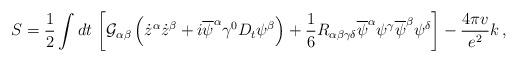
LaTeX: \begin{align*}S=\frac{1}{2} \int dt \, \left[ {\cal G}_{\alpha\beta} \left({\dot z}^{\alpha}{\dot z}^{\beta}+i{\overline \psi}^{\alpha}\gamma^{0}D_{t}\psi^{\beta}\right) + \frac{1}{6} R_{\alpha\beta\gamma\delta}{\overline \psi}^{\alpha}\psi^{\gamma}{\overline \psi}^{\beta}\psi^{\delta} \right] -\frac{4\pi v}{e^{2}}k \, ,\end{align*}